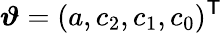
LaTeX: \boldsymbol\vartheta=(a,c_{2},c_{1},c_{0})^{\mathsf{T}}